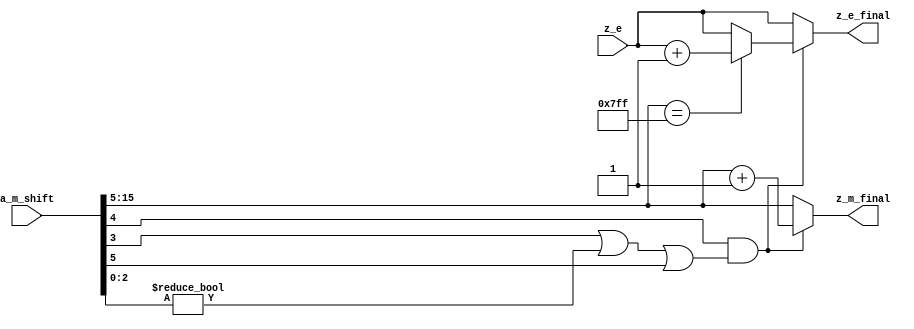
`define SIMULATION_MEMORY
//`define SIMULATION_addfp
`define VECTOR_DEPTH 64 //Q,K,V vector size
`define DATA_WIDTH 16
`define VECTOR_BITS 1024 // 16 bit each (16x64)
`define NUM_WORDS 32   //num of words in the sentence
`define BUF_AWIDTH 4 //16 entries in each buffer ram
`define BUF_LOC_SIZE 4 //4 words in each addr location
`define OUT_RAM_DEPTH 512 //512 entries in output bram
`define EXPONENT 8
`define MANTISSA 7
`define EXPONENT 5
`define MANTISSA 10
`define SIGN 1
`define DWIDTH (`SIGN+`EXPONENT+`MANTISSA)
`define DEFINES_DONE
`define DATAWIDTH (`SIGN+`EXPONENT+`MANTISSA)
`define IEEE_COMPLIANCE 1
`define NUM 4
`define ADDRSIZE 4

module exception (
  input [15:0] a_m_shift,
  input [4:0] z_e,
  output reg [10:0] z_m_final,
  output reg [4:0] z_e_final
);

wire guard;
wire round_bit;
wire sticky;
  wire [10:0] z_m;

  assign guard = a_m_shift[4];
  assign round_bit = a_m_shift[3];
  assign sticky = a_m_shift[2:0] != 0;

  assign z_m = a_m_shift[15:5];

always@(guard or round_bit or sticky or z_m or z_e)
begin
if (guard && (round_bit || sticky || z_m[0])) begin
    z_m_final = z_m + 1;
   if (z_m == 11'b11111111111) begin
            z_e_final = z_e + 1;
          end
		  else z_e_final = z_e;
          end
else begin 
  z_m_final = z_m;
  z_e_final = z_e;
end
end
endmodule